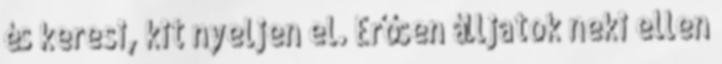
és keresi, kit nyeljen el. Erősen álljatok neki ellen